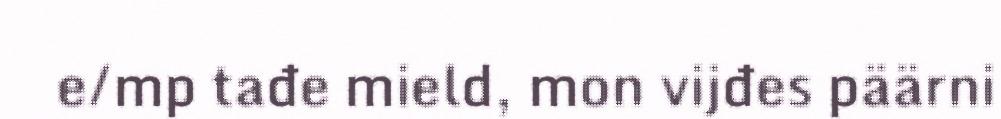
e/mp tađe mield, mon vijđes päärni